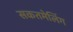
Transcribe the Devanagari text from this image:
सकतमेलिंग